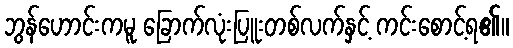
ဘွန်ဟောင်းကမူ ခြောက်လုံးပြူးတစ်လက်နှင့် ကင်းစောင့်ရ၏။